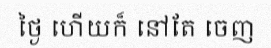
ថ្ងៃ ហើយក៏ នៅតែ ចេញ